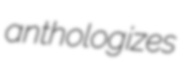
anthologizes